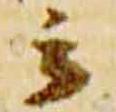
云